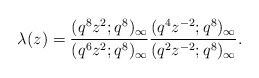
\begin{align*}\lambda(z)=\frac{(q^8z^2;q^8)_\infty}{(q^6z^2;q^8)_\infty}\frac{(q^4z^{-2};q^8)_\infty}{(q^2z^{-2};q^8)_\infty}.\end{align*}